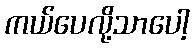
ကယ်ပေလို့သာပေါ့